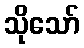
သိုသော်